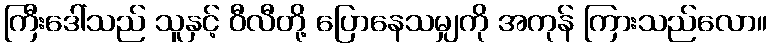
ကြီးဒေါ်သည် သူနှင့် ဝီလီတို့ ပြောနေသမျှကို အကုန် ကြားသည်လော။